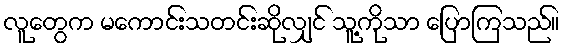
လူတွေက မကောင်းသတင်းဆိုလျှင် သူ့ကိုသာ ပြောကြသည်။